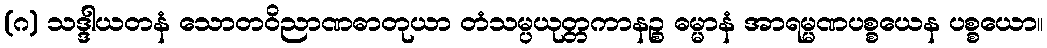
(ဂ) သဒ္ဒါယတနံ သောတဝိညာဏဓာတုယာ တံသမ္ပယုတ္တကာနဉ္စ ဓမ္မာနံ အာရမ္မဏပစ္စယေန ပစ္စယော။